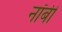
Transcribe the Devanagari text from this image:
नॉबी